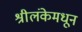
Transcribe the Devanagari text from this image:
श्रीलंकेमधून